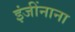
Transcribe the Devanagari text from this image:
इंजींनाना